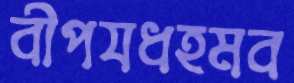
বীপযধহমব